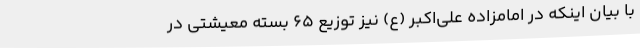
با بیان اینکه در امامزاده علی‌اکبر (ع) نیز توزیع 65 بسته معیشتی در